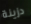
دزينة